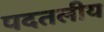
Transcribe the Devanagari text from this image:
पदतलीय